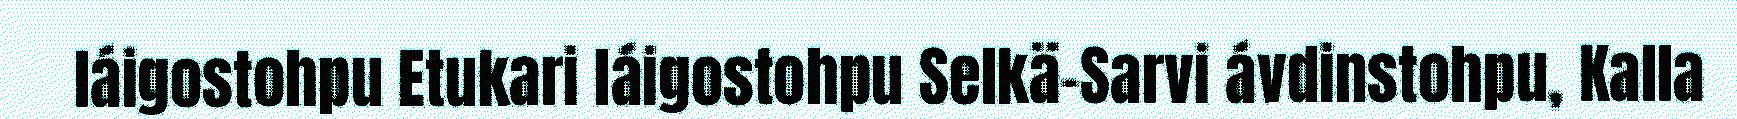
láigostohpu Etukari láigostohpu Selkä-Sarvi ávdinstohpu, Kalla